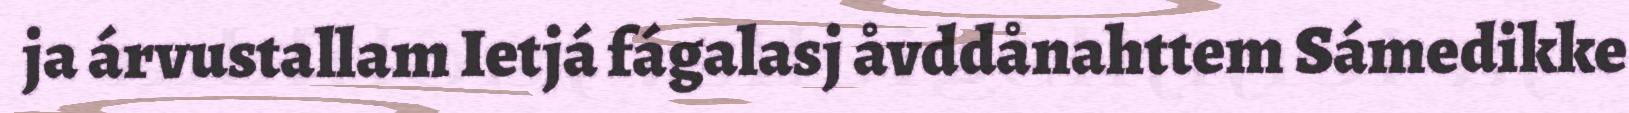
ja árvustallam Ietjá fágalasj åvddånahttem Sámedikke